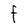
Character: F